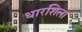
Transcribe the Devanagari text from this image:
धारशिला